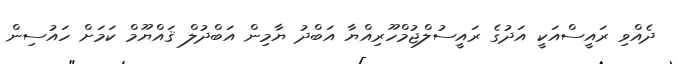
ދެއްވި ރައީސްއަކީ އަދުގެ ރައީސުލްޖުމްހޫރިއްޔާ އަބްދު ޔާމިން އަބްދުލް ޤައްޔޫމް ކަމަށް ހައުސިން